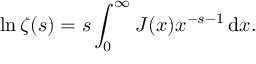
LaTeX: \ln \zeta ( s ) = s \int _ { 0 } ^ { \infty } J ( x ) x ^ { - s - 1 } \, \mathrm { d } x .